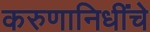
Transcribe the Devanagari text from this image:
करुणानिधींचे